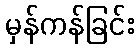
မှန်ကန်ခြင်း